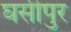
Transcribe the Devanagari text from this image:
घसीपुर